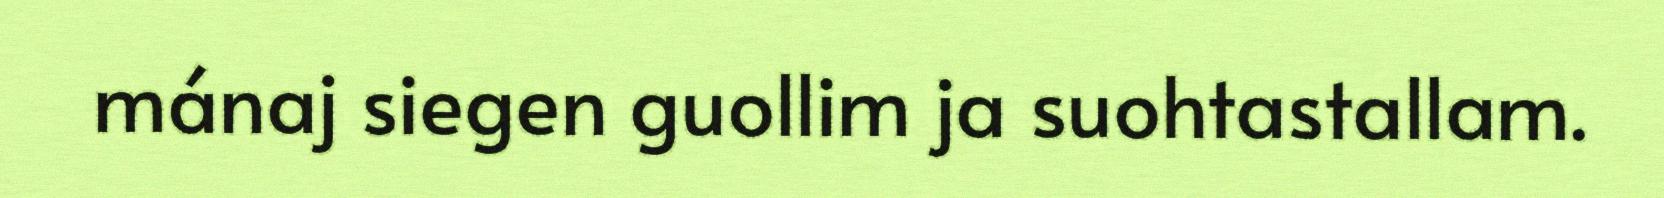
mánaj siegen guollim ja suohtastallam.